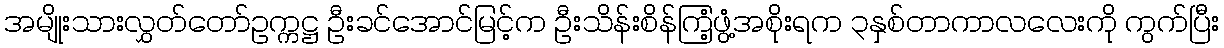
အမျိုးသားလွှတ်တော်ဥက္ကဋ္ဌ ဦးခင်အောင်မြင့်က ဦးသိန်းစိန်ကြံ့ဖွံ့အစိုးရက ၃နှစ်တာကာလလေးကို ကွက်ပြီး